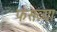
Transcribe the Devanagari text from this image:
फसव्या